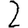
Digit: 2